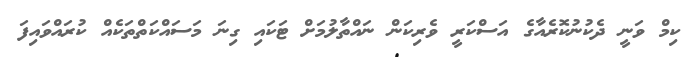
ކިމް ވަނީ ދެކުނުކޮރެއާގެ އަސްކަރީ ވެރިކަން ނައްތާލުމަށް ޓަކައި ގިނަ މަސައްކަތްތަކެއް ކުރައްވައިފަ